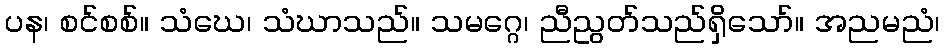
ပန၊ စင်စစ်။ သံဃေ၊ သံဃာသည်။ သမဂ္ဂေ၊ ညီညွတ်သည်ရှိသော်။ အညမညံ၊